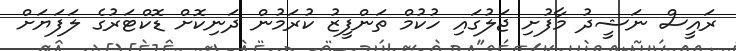
ރައީސް ނަޝީދު މާފުށި ޖަލުގައި ހުކުމް ތަންފީޒު ކުރަމުން ދަނިކޮށް ޑޮކްޓަރުގެ ލަފަޔަށް